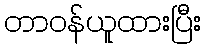
တာဝန်ယူထားပြီး